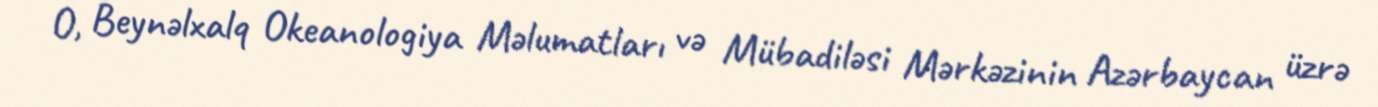
O, Beynəlxalq Okeanologiya Məlumatları və Mübadiləsi Mərkəzinin Azərbaycan üzrə